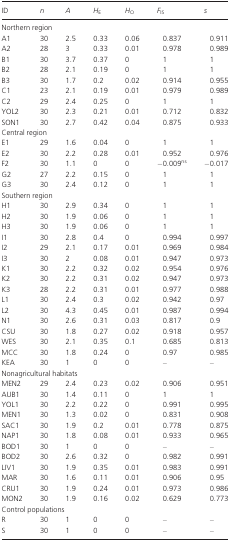
<table><thead><tr><td><b>ID</b></td><td><b><i>n</i></b></td><td><b><i>A</i></b></td><td><b><i>H</i><sub>E</sub></b></td><td><b><i>H</i><sub>O</sub></b></td><td><b><i>F</i><sub>IS</sub></b></td><td><b><i>s</i></b></td></tr></thead><tbody><tr><td colspan="7">Northern region</td></tr><tr><td>A1</td><td>30</td><td>2.5</td><td>0.33</td><td>0.06</td><td>0.837</td><td>0.911</td></tr><tr><td>A2</td><td>28</td><td>3</td><td>0.33</td><td>0.01</td><td>0.978</td><td>0.989</td></tr><tr><td>B1</td><td>30</td><td>3.7</td><td>0.37</td><td>0</td><td>1</td><td>1</td></tr><tr><td>B2</td><td>28</td><td>2.1</td><td>0.19</td><td>0</td><td>1</td><td>1</td></tr><tr><td>B3</td><td>30</td><td>1.7</td><td>0.2</td><td>0.02</td><td>0.914</td><td>0.955</td></tr><tr><td>C1</td><td>23</td><td>2.1</td><td>0.19</td><td>0.01</td><td>0.979</td><td>0.989</td></tr><tr><td>C2</td><td>29</td><td>2.4</td><td>0.25</td><td>0</td><td>1</td><td>1</td></tr><tr><td>YOL2</td><td>30</td><td>2.3</td><td>0.21</td><td>0.01</td><td>0.712</td><td>0.832</td></tr><tr><td>SON1</td><td>30</td><td>2.7</td><td>0.42</td><td>0.04</td><td>0.875</td><td>0.933</td></tr><tr><td colspan="7">Central region</td></tr><tr><td>E1</td><td>29</td><td>1.6</td><td>0.04</td><td>0</td><td>1</td><td>1</td></tr><tr><td>E2</td><td>30</td><td>2.2</td><td>0.28</td><td>0.01</td><td>0.952</td><td>0.976</td></tr><tr><td>F2</td><td>30</td><td>1.1</td><td>0</td><td>0</td><td>−0.009<sup>ns</sup></td><td>−0.017</td></tr><tr><td>G2</td><td>27</td><td>2.2</td><td>0.15</td><td>0</td><td>1</td><td>1</td></tr><tr><td>G3</td><td>30</td><td>2.4</td><td>0.12</td><td>0</td><td>1</td><td>1</td></tr><tr><td colspan="7">Southern region</td></tr><tr><td>H1</td><td>30</td><td>2.9</td><td>0.34</td><td>0</td><td>1</td><td>1</td></tr><tr><td>H2</td><td>30</td><td>1.9</td><td>0.06</td><td>0</td><td>1</td><td>1</td></tr><tr><td>H3</td><td>30</td><td>1.9</td><td>0.06</td><td>0</td><td>1</td><td>1</td></tr><tr><td>I1</td><td>30</td><td>2.8</td><td>0.4</td><td>0</td><td>0.994</td><td>0.997</td></tr><tr><td>I2</td><td>29</td><td>2.1</td><td>0.17</td><td>0.01</td><td>0.969</td><td>0.984</td></tr><tr><td>I3</td><td>30</td><td>2</td><td>0.08</td><td>0.01</td><td>0.947</td><td>0.973</td></tr><tr><td>K1</td><td>30</td><td>2.2</td><td>0.32</td><td>0.02</td><td>0.954</td><td>0.976</td></tr><tr><td>K2</td><td>30</td><td>2.2</td><td>0.31</td><td>0.02</td><td>0.947</td><td>0.973</td></tr><tr><td>K3</td><td>28</td><td>2.2</td><td>0.31</td><td>0.01</td><td>0.977</td><td>0.988</td></tr><tr><td>L1</td><td>30</td><td>2.4</td><td>0.3</td><td>0.02</td><td>0.942</td><td>0.97</td></tr><tr><td>L2</td><td>30</td><td>4.3</td><td>0.45</td><td>0.01</td><td>0.987</td><td>0.994</td></tr><tr><td>N1</td><td>30</td><td>2.6</td><td>0.31</td><td>0.03</td><td>0.817</td><td>0.9</td></tr><tr><td>CSU</td><td>30</td><td>1.8</td><td>0.27</td><td>0.02</td><td>0.918</td><td>0.957</td></tr><tr><td>WES</td><td>30</td><td>2.1</td><td>0.35</td><td>0.1</td><td>0.685</td><td>0.813</td></tr><tr><td>MCC</td><td>30</td><td>1.8</td><td>0.24</td><td>0</td><td>0.97</td><td>0.985</td></tr><tr><td>KEA</td><td>30</td><td>1</td><td>0</td><td>0</td><td>–</td><td>–</td></tr><tr><td colspan="7">Nonagricultural habitats</td></tr><tr><td>MEN2</td><td>29</td><td>2.4</td><td>0.23</td><td>0.02</td><td>0.906</td><td>0.951</td></tr><tr><td>AUB1</td><td>30</td><td>1.4</td><td>0.11</td><td>0</td><td>1</td><td>1</td></tr><tr><td>YOL1</td><td>30</td><td>2.2</td><td>0.22</td><td>0</td><td>0.991</td><td>0.995</td></tr><tr><td>MEN1</td><td>30</td><td>1.3</td><td>0.02</td><td>0</td><td>0.831</td><td>0.908</td></tr><tr><td>SAC1</td><td>30</td><td>1.9</td><td>0.2</td><td>0.01</td><td>0.778</td><td>0.875</td></tr><tr><td>NAP1</td><td>30</td><td>1.8</td><td>0.08</td><td>0.01</td><td>0.933</td><td>0.965</td></tr><tr><td>BOD1</td><td>30</td><td>1</td><td>0</td><td>0</td><td>–</td><td>–</td></tr><tr><td>BOD2</td><td>30</td><td>2.6</td><td>0.32</td><td>0</td><td>0.982</td><td>0.991</td></tr><tr><td>LIV1</td><td>30</td><td>1.9</td><td>0.35</td><td>0.01</td><td>0.983</td><td>0.991</td></tr><tr><td>MAR</td><td>30</td><td>1.6</td><td>0.11</td><td>0.01</td><td>0.906</td><td>0.95</td></tr><tr><td>CRU1</td><td>30</td><td>1.9</td><td>0.24</td><td>0.01</td><td>0.973</td><td>0.986</td></tr><tr><td>MON2</td><td>30</td><td>1.9</td><td>0.16</td><td>0.02</td><td>0.629</td><td>0.773</td></tr><tr><td colspan="7">Control populations</td></tr><tr><td>R</td><td>30</td><td>1</td><td>0</td><td>0</td><td>–</td><td>–</td></tr><tr><td>S</td><td>30</td><td>1</td><td>0</td><td>0</td><td>–</td><td>–</td></tr></tbody></table>